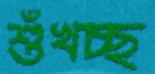
শুঁখচ্ছ